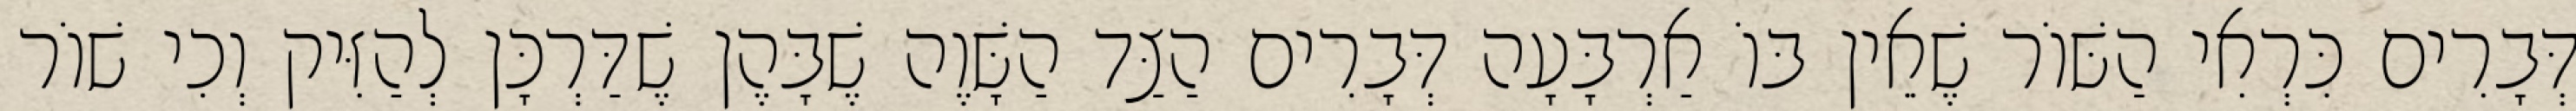
דְּבָרִים כִּרְאִי הַשּׁוֹר שֶׁאֵין בּוֹ אַרְבָּעָה דְּבָרִים הַצַּד הַשָּׁוֶה שֶׁבָּהֶן שֶׁדַּרְכָּן לְהַזִּיק וְכִי שׁוֹר